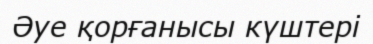
Әуе қорғанысы күштері